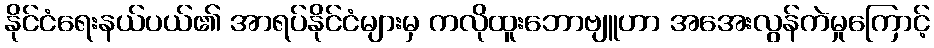
နိုင်ငံရေးနယ်ပယ်၏ အာရပ်နိုင်ငံများမှ ကလိုထူးဘောဗျူဟာ အအေးလွန်ကဲမှုကြောင့်